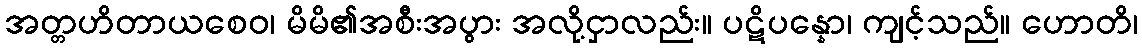
အတ္တဟိတာယစေဝ၊ မိမိ၏အစီးအပွား အလို့ငှာလည်း။ ပဋိပန္နော၊ ကျင့်သည်။ ဟောတိ၊